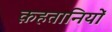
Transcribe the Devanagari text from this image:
क़हतानियों